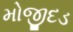
મોજીદડ